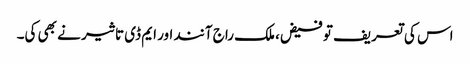
اس کی تعریف تو فیض، ملک راج آنند اور ایم ڈی تاثیر نے بھی کی۔